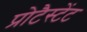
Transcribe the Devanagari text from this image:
प्रोटैस्टेंट